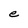
Character: e